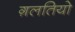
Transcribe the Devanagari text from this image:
ग़लतियो